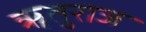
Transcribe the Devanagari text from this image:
ॠतुराज